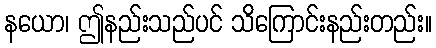
နယော၊ ဤနည်းသည်ပင် သိကြောင်းနည်းတည်း။